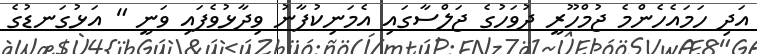
އަދި ހަމައެހެންމެ ޖުމްހޫރީ ދުވަހުގެ ޖަލްސާގައި އެމަނިކުފާނު ވިދާޅުވެފައި ވަނީ " އަޅުގަނޑުގެ